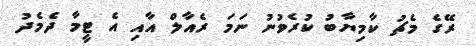
ރޭގެ މެޗު ކާމިޔާބު ކުރެވުނު ނަމަ ރެއާލް އާއި އެ ޓީމާ ދެމެދު